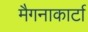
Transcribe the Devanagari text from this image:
मैगनाकार्टा